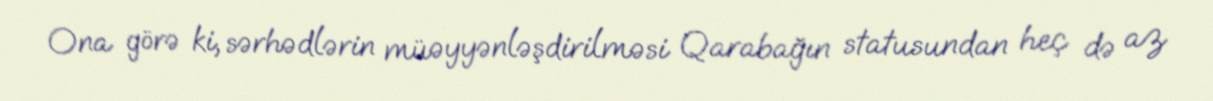
Ona görə ki, sərhədlərin müəyyənləşdirilməsi Qarabağın statusundan heç də az